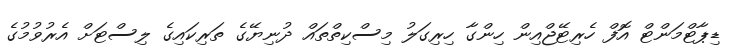
ޑިޕާޓްމަންޓް އޮފް ހެރިޓޭޖްއިން ހިންގާ ހިރިގަލު މިސްކިތްތައް ދުނިޔޭގެ ތަރިކައިގެ ލިސްޓަށް އެރުވުމުގެ